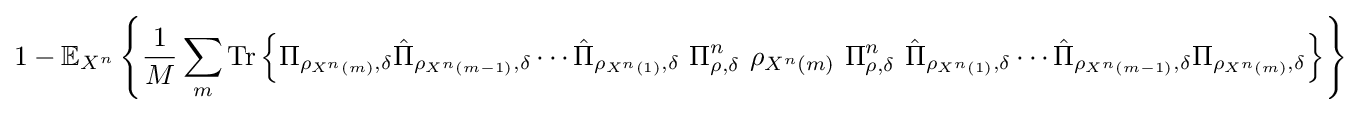
1-\mathbb {E} _{X^{n}}\left\{{\frac {1}{M}}\sum _{m}{\text{Tr}}\left\{\Pi _{\rho _{X^{n}\left(m\right)},\delta }{\hat {\Pi }}_{\rho _{X^{n}\left(m-1\right)},\delta }\cdots {\hat {\Pi }}_{\rho _{X^{n}\left(1\right)},\delta }\ \Pi _{\rho ,\delta }^{n}\ \rho _{X^{n}\left(m\right)}\ \Pi _{\rho ,\delta }^{n}\ {\hat {\Pi }}_{\rho _{X^{n}\left(1\right)},\delta }\cdots {\hat {\Pi }}_{\rho _{X^{n}\left(m-1\right)},\delta }\Pi _{\rho _{X^{n}\left(m\right)},\delta }\right\}\right\}